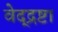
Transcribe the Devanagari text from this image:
वेद्द्रष्टा